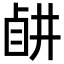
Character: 𥅶